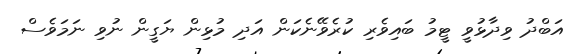
އަބްދު ވިދާޅުވީ ޓީމު ބައިވެރި ކުރެވޭނެކަން އަދި މުޅިން ޔަގީން ނުވި ނަމަވެސް